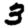
Digit: 3